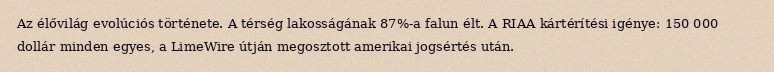
Az élővilág evolúciós története. A térség lakosságának 87%-a falun élt. A RIAA kártérítési igénye: 150 000 dollár minden egyes, a LimeWire útján megosztott amerikai jogsértés után.